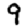
Digit: 9